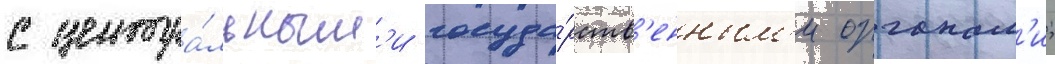
с центра́льным'и госуда́рств'енным'и органам'и;